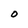
Character: O